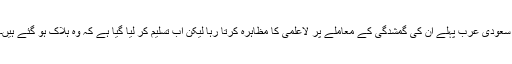
سعودی عرب پہلے ان کی گمشدگی کے معاملے پر لاعلمی کا مظاہرہ کرتا رہا لیکن اب تسلیم کر لیا گیا ہے کہ وہ ہلاک ہو گئے ہیں۔